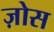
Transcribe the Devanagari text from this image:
ज़ोस